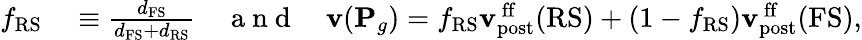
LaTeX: \begin{array}{rl}{f_{\mathrm{RS}}}&{{}\equiv\frac{d_{\mathrm{FS}}}{d_{\mathrm{FS}}+d_{\mathrm{RS}}}\quad\mathrm{~a~n~d~}\quad{\mathbf{v}}({\mathbf{P}}_{g})=f_{\mathrm{RS}}{\mathbf{v}}_{\mathrm{post}}^{\mathrm{\, ff}}(\mathrm{RS})+(1-f_{\mathrm{RS}}){\mathbf{v}}_{\mathrm{post}}^{\mathrm{\, ff}}(\mathrm{FS}),}\end{array}